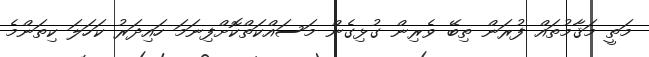
މަތީ މަޤާމުތައް ފުރަން ތިބޭ ވެރިން ގުޅިގެން މަސައްކަތްކޮށްފިނަމަ ހައިދަރު ކަހަލަ ކިތަންމެ